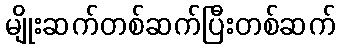
မျိုးဆက်တစ်ဆက်ပြီးတစ်ဆက်